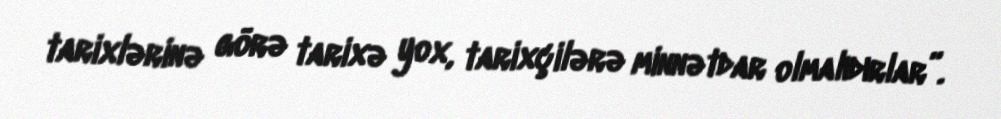
tarixlərinə görə tarixə yox, tarixçilərə minnətdar olmalıdırlar”.